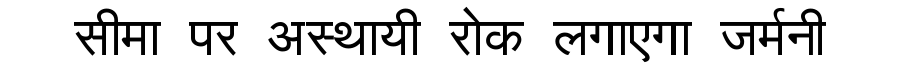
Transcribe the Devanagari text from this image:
सीमा पर अस्थायी रोक लगाएगा जर्मनी